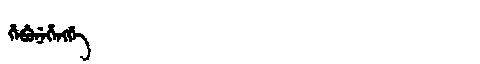
Manchu: ᡥᡝᠪᡠᠨᡝᡥᡝᠩᡤᡝ
Romanization: HEBUNEHENGGE